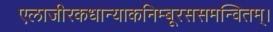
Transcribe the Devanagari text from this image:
एलाजीरकधान्याकनिम्बूरससमन्वितम्।